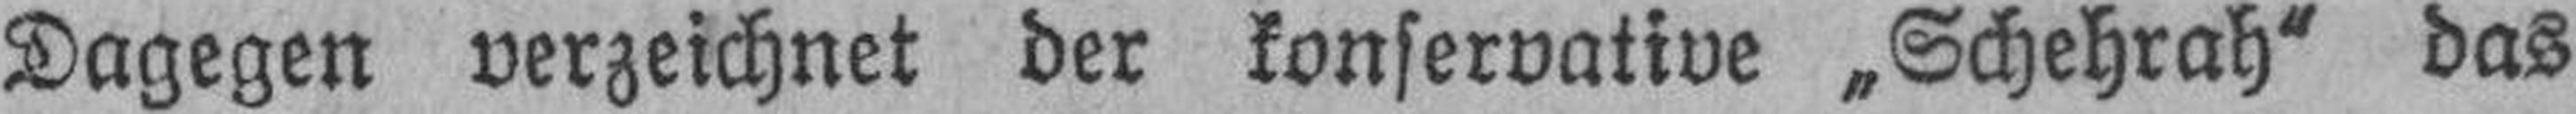
Dagegen verzeichnet der konservative „Schehrah“ das